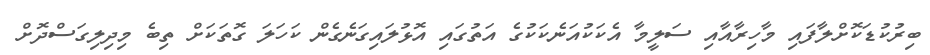
ބިރުކުޑަކޮށްލާފައި މާހިރާއާއި ސަލީމާ އެކަކުއަނެކަކުގެ އަތުގައި އޮޅުލައިގަނެގެން ކަހަލަ ގޮތަކަށް ތިބެ މިދިލިގަސްދޮށް